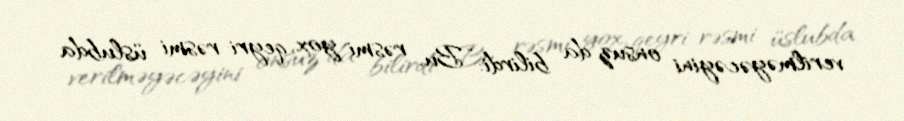
verilməyəcəyini onsuz da bilirdi: “Bu, rəsmi yox, qeyri-rəsmi üslubda